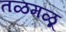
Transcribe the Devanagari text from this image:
तळमळू